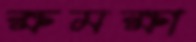
ক্ষমক্ষা